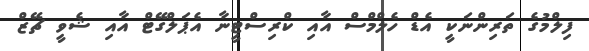
ފިލްމުގެ ތަރިންނަކީ އެޑް ހެލްމްސް އާއި ކްރިސްޓީނާ އެޕަލްގޭޓް އާއި ޝެވީ ޗޭޒް